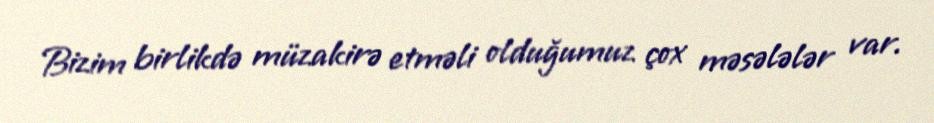
Bizim birlikdə müzakirə etməli olduğumuz çox məsələlər var.